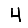
Digit: 4